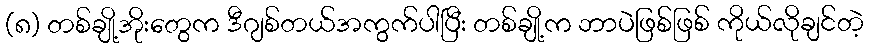
(၈) တစ်ချို့အိုးတွေက ဒီဂျစ်တယ်အကွက်ပါပြီး တစ်ချို့က ဘာပဲဖြစ်ဖြစ် ကိုယ်လိုချင်တဲ့